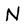
Character: N